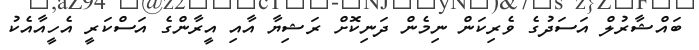
ބައްޝާރުލް އަސަދުގެ ވެރިކަން ނިމެން ދަނިކޮށް ރަޝިޔާ އާއި އީރާންގެ އަސްކަރީ އެހީއާއެކު